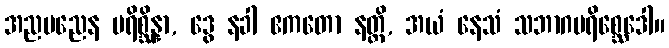
အညမညေန ပရိစ္ဆိန္နာ, ဒွေ နခါ ဧကတော နတ္ထိ, အယံ နေသံ သဘာဂပရိစ္ဆေဒေါ။